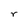
Character: r